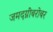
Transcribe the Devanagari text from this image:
जमदग्नींबरोबर